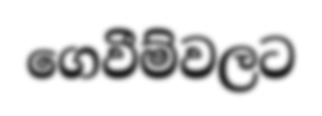
ගෙවීම්වලට